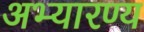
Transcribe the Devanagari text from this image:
अभ्यारण्य